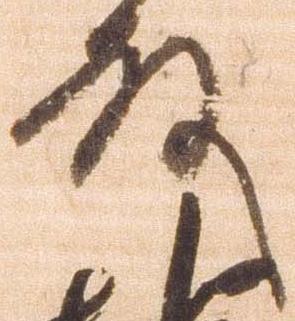
殿